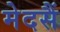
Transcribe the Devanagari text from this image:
मेदसैं